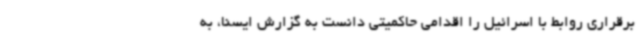
برقراری روابط با اسرائیل را اقدامی حاکمیتی دانست به گزارش ایسنا، به